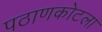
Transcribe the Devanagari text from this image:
पठाणकोटला